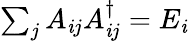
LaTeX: \textstyle\sum_{j}A_{\mathit{i}j}A_{\mathit{i}j}^{\dagger}=E_{\mathit{i}}